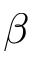
\beta